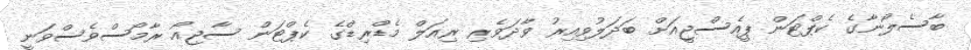
ބާސެލޯނާގެ ކެޕްޓަން ޕީއެސްޖީއަށް ބަދަލުވިއިރު ވާދަވެރި ރިއަލް މެޑްރިޑްގެ ކެޕްޓަން ސާޖިއޯ ރާމޯސްވެސްވަނީ